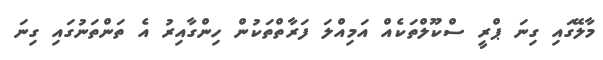
މާލޭގައި ގިނަ ޕްރީ ސްކޫލްތަކެއް އަމިއްލަ ފަރާތްތަކުން ހިންގާއިރު އެ ތަންތަނުގައި ގިނަ